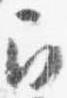
召